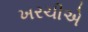
ખરચીએ